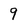
Character: 9